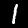
Digit: 1